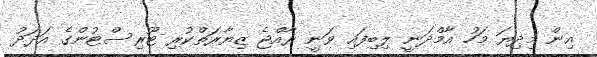
އިން މިދިޔަ މަހު އާމްދަނީ ލިބިފައި ވަނީ ރާއްޖެ ޒިޔާރަތްކުރި ޓޫރިސްޓުންގެ އަދަދު